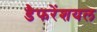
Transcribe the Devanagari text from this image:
डैफरेंशयल